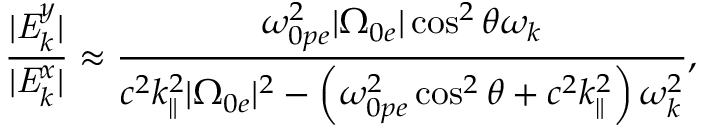
\frac { | \mathit { { E } } _ { k } ^ { y } | } { | \mathit { { E } } _ { k } ^ { x } | } \approx \frac { \omega _ { 0 p e } ^ { 2 } | \Omega _ { 0 e } | \cos ^ { 2 } \theta \omega _ { k } } { c ^ { 2 } k _ { \parallel } ^ { 2 } | \Omega _ { 0 e } | ^ { 2 } - \left( \omega _ { 0 p e } ^ { 2 } \cos ^ { 2 } \theta + c ^ { 2 } k _ { \parallel } ^ { 2 } \right) \omega _ { k } ^ { 2 } } ,